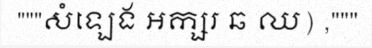
"""សំឡេង អក្សរ ឆ ឈ) ,"""